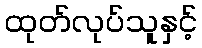
ထုတ်လုပ်သူနှင့်